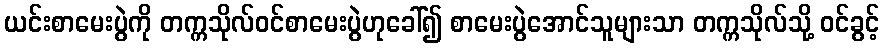
ယင်းစာမေးပွဲကို တက္ကသိုလ်ဝင်စာမေးပွဲဟုခေါ်၍ စာမေးပွဲအောင်သူများသာ တက္ကသိုလ်သို့ ဝင်ခွင့်